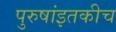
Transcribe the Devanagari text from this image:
पुरुषांइतकीच